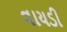
વાયડી